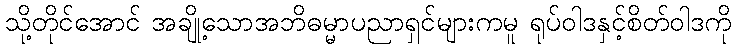
သို့တိုင်အောင် အချို့သောအဘိဓမ္မာပညာရှင်များကမူ ရုပ်ဝါဒနှင့်စိတ်ဝါဒကို